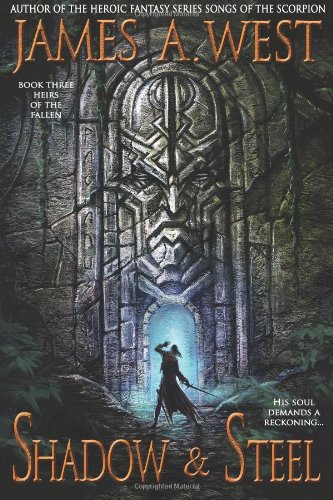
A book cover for Shadow and Steel (Heirs of the Fallen); James A. West; Science Fiction & Fantasy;